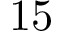
1 5